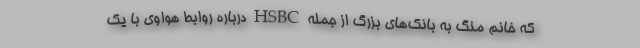
که خانم منگ به بانک‌های بزرگ از جمله HSBC درباره روابط هواوی با یک